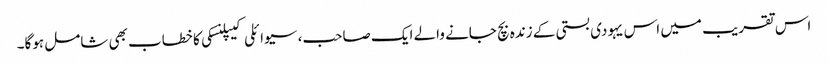
اس تقریب میں اس یہودی بستی کے زندہ بچ جانے والے ایک صاحب، سیوائلی کیپلنسکی کا خطاب بھی شامل ہوگا۔